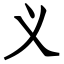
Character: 义